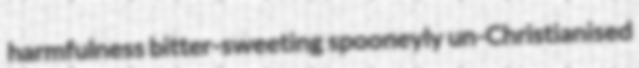
harmfulness bitter-sweeting spooneyly un-Christianised